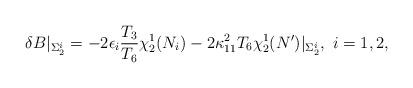
LaTeX: \begin{align*}\delta B\vert_{\Sigma_2^i}=-2\epsilon_i{T_3\over T_6}\chi^1_2(N_i)-2\kappa_{11}^2T_6\chi^1_2(N')\vert_{\Sigma_2^i},\ i=1,2,\end{align*}